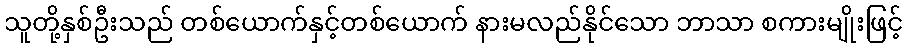
သူတို့နှစ်ဦးသည် တစ်ယောက်နှင့်တစ်ယောက် နားမလည်နိုင်သော ဘာသာ စကားမျိုးဖြင့်